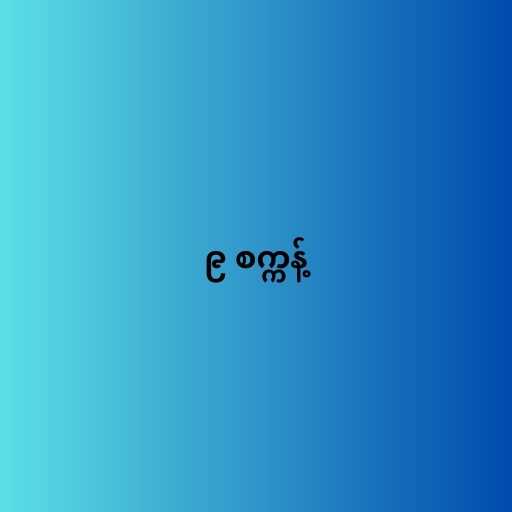
၉ စက္ကန့်